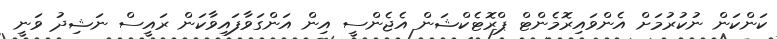
ކަންކަން ނުކުރުމަށް އެންވައިރޮމެންޓް ޕްރޮޓެކްޝަން އެޖެންސީ އިން އަންގަވާފައިވާކަން ރައީސް ނަޝިދު ވަނީ